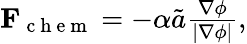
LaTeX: \begin{array}{r}{\mathbf{F}_{\mathrm{~c~h~e~m~}}=-\alpha\tilde{a}\frac{\nabla\phi}{|\nabla\phi|},}\end{array}